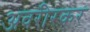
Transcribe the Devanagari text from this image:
अवरीरकर